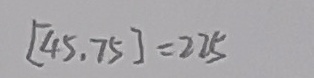
[ 4 5 , 7 5 ] = 2 2 5